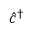
\hat { c } ^ { \dagger }